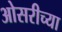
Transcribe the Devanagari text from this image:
ओसरीच्या